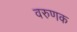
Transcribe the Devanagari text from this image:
वरुणक